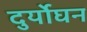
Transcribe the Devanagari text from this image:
दुर्योघन